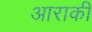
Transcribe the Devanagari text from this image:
आराकी